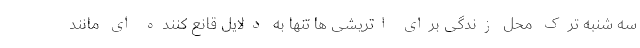
سه شنبه ترک محل زندگی برای اتریشی ها تنها به دلایل قانع کننده ای مانند